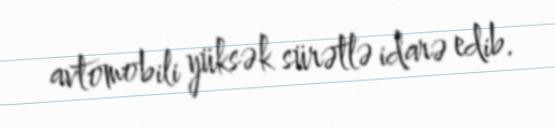
avtomobili yüksək sürətlə idarə edib.